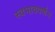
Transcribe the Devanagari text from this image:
स्वभाववर्णन